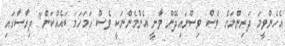
އެހެންވީމަ ދަރިންނަށް ވެސް ވިސްނައިދޭން ވާނީ އެންމެންނަކީ ވެސް ހަމަހަމަ ބައެއްކަން" ދިރާސާގައި